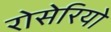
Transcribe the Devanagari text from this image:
रोसेरियो